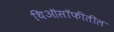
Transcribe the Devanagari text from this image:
थिऑसॉफीतील